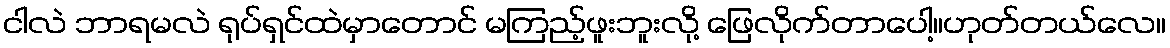
ငါလဲ ဘာရမလဲ ရုပ်ရှင်ထဲမှာတောင် မကြည့်ဖူးဘူးလို့ ဖြေလိုက်တာပေါ့။ဟုတ်တယ်လေ။